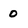
Character: o